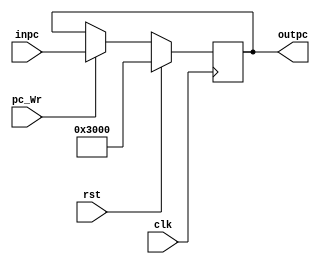
module PC(clk, rst, inpc, pc_Wr, outpc);
	input clk, rst;
	input [31:0] inpc;
	input pc_Wr;
	output [31:0] outpc;

	reg [31:0] outpc;

	initial
		begin 
			outpc = 32'h3000;
		end

	always @(negedge clk)
		begin
			if(rst)
			begin
				outpc <= 32'h3000;
			end
			else if(pc_Wr)
			begin
				outpc <= inpc;
			end
		end
endmodule